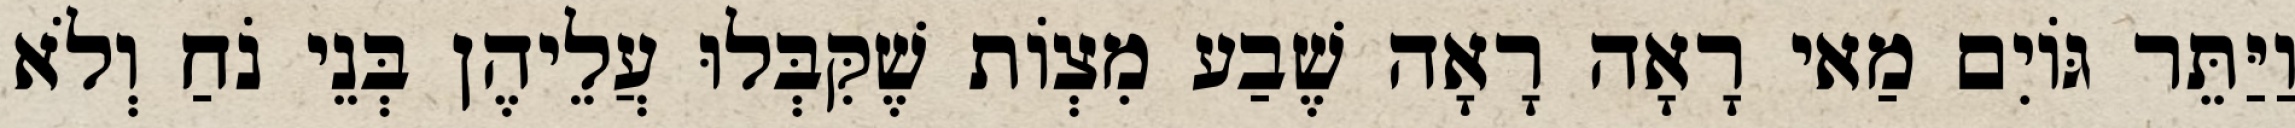
וַיַּתֵּר גּוֹיִם מַאי רָאָה רָאָה שֶׁבַע מִצְוֹת שֶׁקִּבְּלוּ עֲלֵיהֶן בְּנֵי נֹחַ וְלֹא